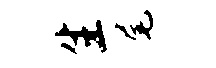
生尾